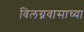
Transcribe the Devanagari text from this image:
विलग्नवासाच्या